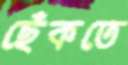
ছেঁকতে